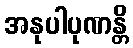
အနုပါပုဏန္တိ